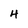
Character: 4